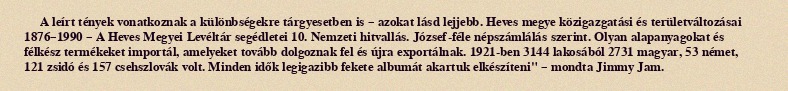
A leírt tények vonatkoznak a különbségekre tárgyesetben is – azokat lásd lejjebb. Heves megye közigazgatási és területváltozásai 1876–1990 – A Heves Megyei Levéltár segédletei 10. Nemzeti hitvallás. József-féle népszámlálás szerint. Olyan alapanyagokat és félkész termékeket importál, amelyeket tovább dolgoznak fel és újra exportálnak. 1921-ben 3144 lakosából 2731 magyar, 53 német, 121 zsidó és 157 csehszlovák volt. Minden idők legigazibb fekete albumát akartuk elkészíteni" – mondta Jimmy Jam.